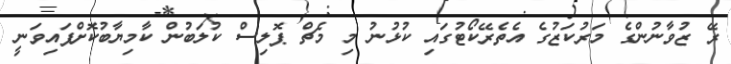
ރޭ ޒުވާނުންގެ މަރުކަޒުގެ އެތެރޭކޯޓުގައި ކުޅުނު މި މެޗް ޕޮލިސް ކުލަބުން ކާމިޔާބުކޮށްފައިވަނީ